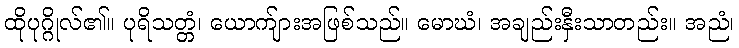
ထိုပုဂ္ဂိုလ်၏။ ပုရိသတ္တံ၊ ယောက်ျားအဖြစ်သည်။ မောဃံ၊ အချည်းနှီးသာတည်း။ အညံ၊